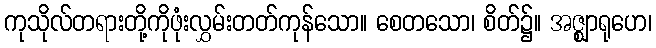
ကုသိုလ်တရားတို့ကိုဖုံးလွှမ်းတတ်ကုန်သော။ စေတသော၊ စိတ်၌။ အဇ္ဈာရုဟေ၊